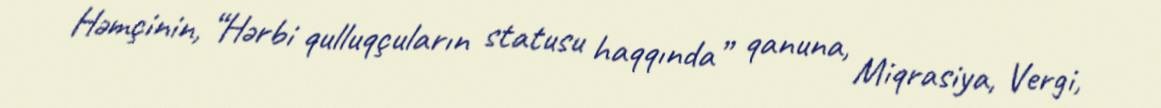
Həmçinin, “Hərbi qulluqçuların statusu haqqında” qanuna, Miqrasiya, Vergi,